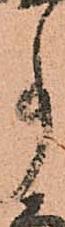
事